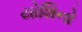
યોશિનો